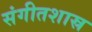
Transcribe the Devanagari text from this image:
संगीतशास्र